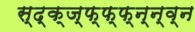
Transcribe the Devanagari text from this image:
स्द्क्ज्फ्फ्फ्न्न्व्न